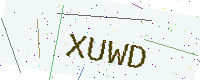
Text: XUWD